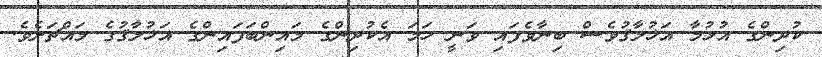
ކުދިންގެ އުޅުމާ އަޚުލާޤުވެސް ބިނާވެފައި ވަނީ ހަމަ އެކުދިންގެ މައިންބަފައިންގެ އަޚުލާޤުގެ މައްޗަށެވެ.